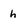
Character: h